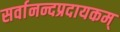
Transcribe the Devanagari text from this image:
सर्वानन्दप्रदायकम्